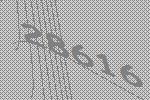
28616